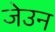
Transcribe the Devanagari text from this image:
जेउन